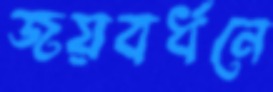
জয়বর্ধনে